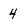
Character: 4